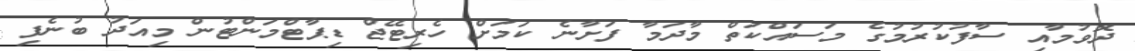
ދޮވުމާއި ސާފުކުރުމުގެ މަސައްކަތް މާދަމާ ފަށާނެ ކަމަށް ހެރިޓޭޖް ޑިޕާޓްމަންޓުން މިއަދު ބުނެފި